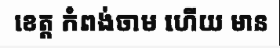
ខេត្ត កំពង់ចាម ហើយ មាន